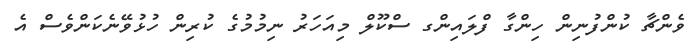
ވެންޗާ ކުންފުނިން ހިންގާ ފްލައިންގ ސްކޫލް މިއަހަރު ނިމުމުގެ ކުރިން ހުޅުވޭނެކަންވެސް އެ